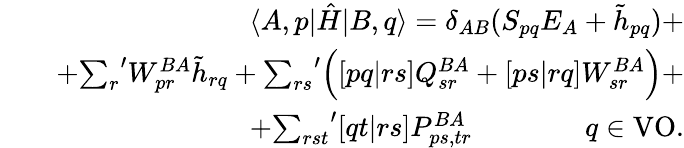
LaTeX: \begin{array}{rlr}&{}&{\langle A,p|\hat{H}|B,q\rangle=\delta_{AB}(S_{pq}E_{A}+\tilde{h}_{pq})+}\\ &{}&{+{\sum_{r}}^{\prime}W_{pr}^{BA}\tilde{h}_{rq}+{\sum_{rs}}^{\prime}\Big([pq|rs]Q_{sr}^{BA}+[ps|rq]W_{sr}^{BA}\Big)+}\\ &{}&{+{\sum_{rst}}^{\prime}[qt|rs]P_{ps,tr}^{BA}\qquad\qquad q\in\mathrm{VO}.}\end{array}